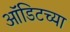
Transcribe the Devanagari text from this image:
ऑडिटच्या